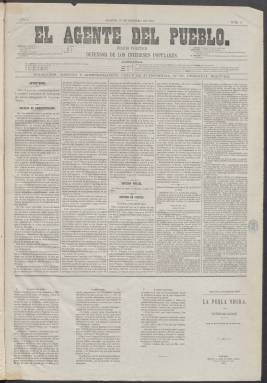
Título: El Agente del pueblo
Colección: Periódicos
Ámbito geográfico: Madrid
Lugar de publicación: Madrid
Fechas: 15/02/1870-15/05/1870